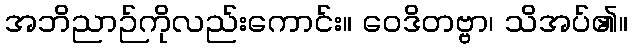
အဘိညာဉ်ကိုလည်းကောင်း။ ဝေဒိတဗ္ဗာ၊ သိအပ်၏။